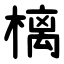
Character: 樆